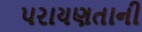
પરાયણતાની